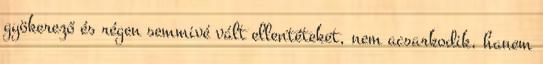
gyökerező és régen semmivé vált ellentéteket, nem acsarkodik, hanem